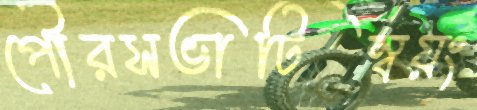
পৌরসভাটিস্বয়ং